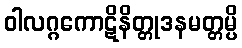
ဝါလဂ္ဂကောဋိနိတ္တုဒနမတ္တမ္ပိ